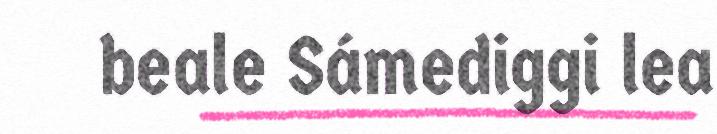
beale Sámediggi lea